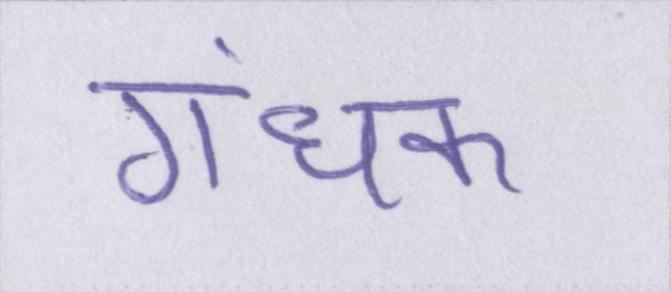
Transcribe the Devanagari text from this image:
गंधक